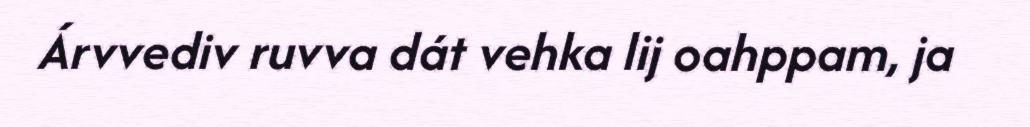
Árvvediv ruvva dát vehka lij oahppam, ja